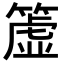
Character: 𥲤